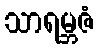
သာရမ္ဘဇံ